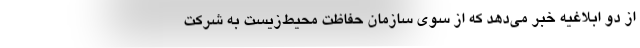
از دو ابلاغيه خبر مي‌دهد كه از سوي سازمان حفاظت محيط‌زيست به شركت